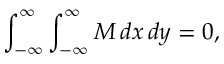
\int _ { - \infty } ^ { \infty } \int _ { - \infty } ^ { \infty } M \, d x \, d y = 0 ,